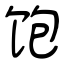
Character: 饱